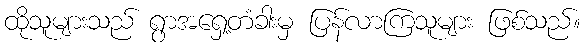
ထိုသူများသည် ရွာအရှေ့တံခါးမှ ပြန်လာကြသူများ ဖြစ်သည်။